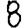
Digit: 8